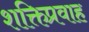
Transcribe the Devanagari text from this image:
शक्तिप्रवाह